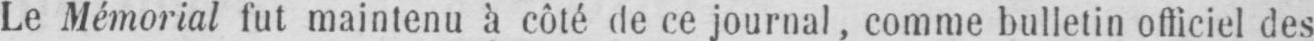
Le Mémorial fut maintenu à côté de ce journal, comme bulletin officiel des